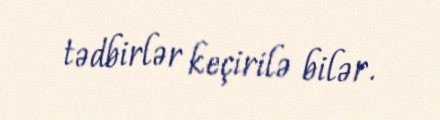
tədbirlər keçirilə bilər.